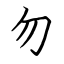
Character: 勿